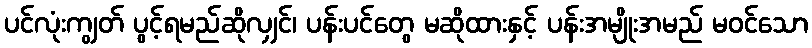
ပင်လုံးကျွတ် ပွင့်ရမည်ဆိုလျှင်၊ ပန်းပင်တွေ မဆိုထားနှင့် ပန်းအမျိုးအမည် မဝင်သော